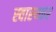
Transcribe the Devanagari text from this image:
स्वास्थ्कर